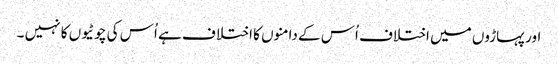
اور پہاڑوں میں اختلاف اُس کے دامنوں کا اختلا ف ہے اُس کی چوٹیوں کا نہیں ۔